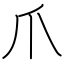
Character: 爪